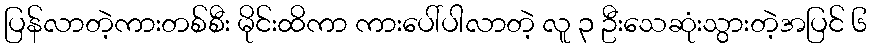
ပြန်လာတဲ့ကားတစ်စီး မိုင်းထိကာ ကားပေါ်ပါလာတဲ့ လူ ၃ ဦးသေဆုံးသွားတဲ့အပြင် ၆